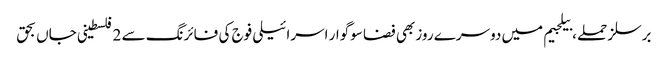
برسلز حملے، بیلجیم میں دوسرے روز بھی فضا سوگوار اسرائیلی فوج کی فائرنگ سے 2 فلسطینی جاں بحق